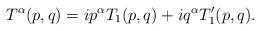
LaTeX: \begin{align*}T^{\alpha}(p,q)=ip^{\alpha}T_1(p,q)+iq^{\alpha}T_1^{\prime}(p,q).\end{align*}